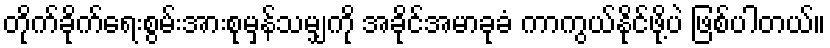
တိုက်ခိုက်ရေးစွမ်းအားစုမှန်သမျှကို အခိုင်အမာခုခံ ကာကွယ်နိုင်ဖို့ပဲ ဖြစ်ပါတယ်။